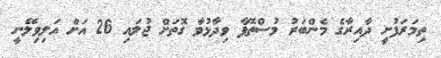
ތިމަރަފުށީ ދާއިރާގެ މެންބަރު މުސްތޮފާ ވިދާޅުވާ ގޮތަށް ޖުލައި 26 އަށް އަލިވިލޭނީ